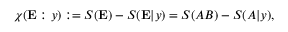
\chi ( \mathbf { E } : y ) : = S ( \mathbf { E } ) - S ( \mathbf { E } | y ) = S ( A B ) - S ( A | y ) ,